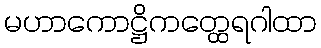
မဟာကောဋ္ဌိကတ္ထေရဂါထာ